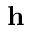
\mathbf { h }